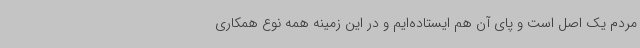
مردم یک اصل است و پای آن هم ایستاده‌ایم و در این زمینه همه نوع همکاری